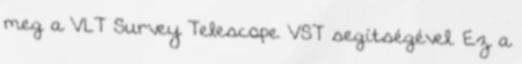
meg a VLT Survey Telescope VST segítségével. Ez a